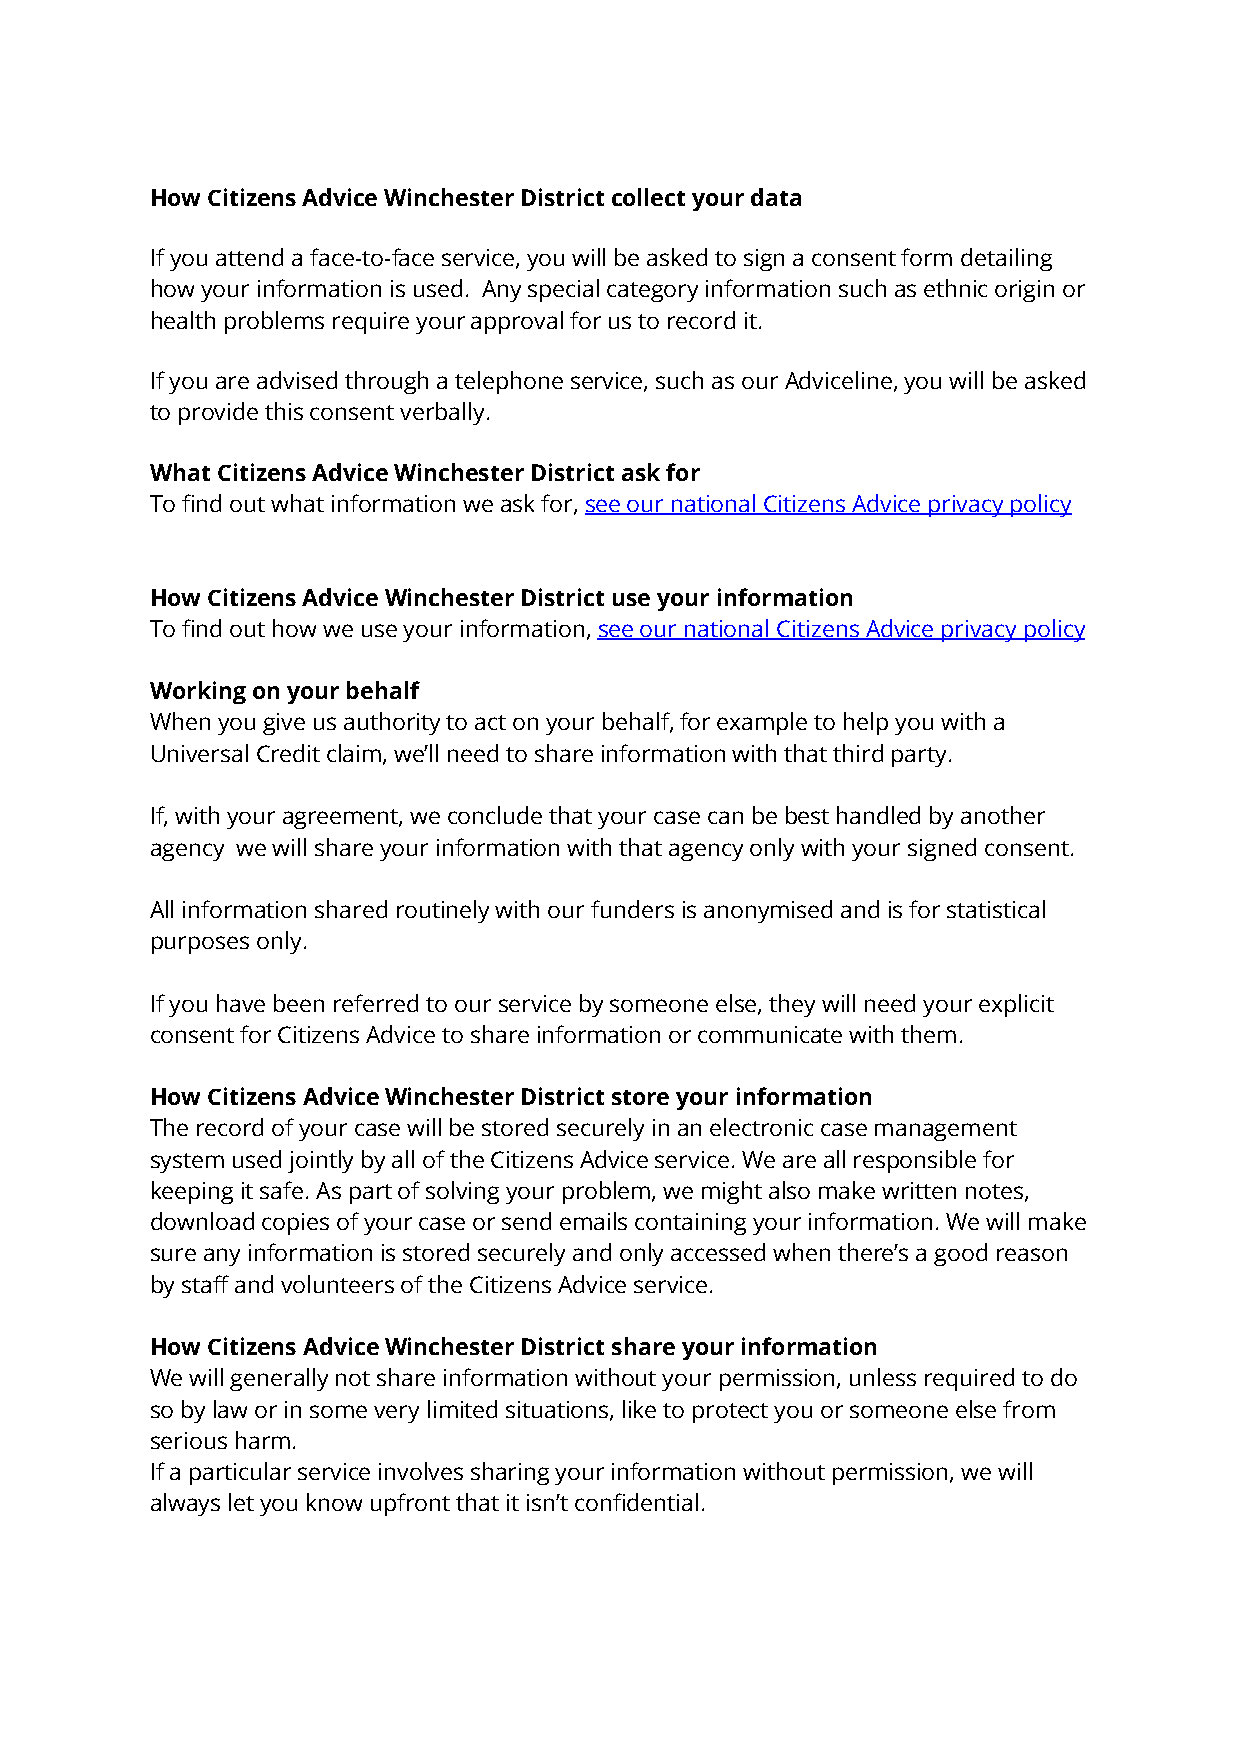
How Citizens Advice Winchester District collect your data
 If you attend a face-to-face service, you will be asked to sign a consent form detailing
 how your information is used. Any special category information such as ethnic origin or
 health problems require your approval for us to record it.
 If you are advised through a telephone service, such as our Adviceline, you will be asked
 to provide this consent verbally.
 What Citizens Advice Winchester District ask for
 To find out what information we ask for, see our national Citizens Advice privacy policy
 How Citizens Advice Winchester District use your information
 To find out how we use your information, see our national Citizens Advice privacy policy
 Working on your behalf
 When you give us authority to act on your behalf, for example to help you with a
 Universal Credit claim, we’ll need to share information with that third party.
 If, with your agreement, we conclude that your case can be best handled by another
 agency we will share your information with that agency only with your signed consent.
 All information shared routinely with our funders is anonymised and is for statistical
 purposes only.
 If you have been referred to our service by someone else, they will need your explicit
 consent for Citizens Advice to share information or communicate with them.
 How Citizens Advice Winchester District store your information
 The record of your case will be stored securely in an electronic case management
 system used jointly by all of the Citizens Advice service. We are all responsible for
 keeping it safe. As part of solving your problem, we might also make written notes,
 download copies of your case or send emails containing your information. We will make
 sure any information is stored securely and only accessed when there’s a good reason
 by staff and volunteers of the Citizens Advice service.
 How Citizens Advice Winchester District share your information
 We will generally not share information without your permission, unless required to do
 so by law or in some very limited situations, like to protect you or someone else from
 serious harm.
 If a particular service involves sharing your information without permission, we will
 always let you know upfront that it isn’t confidential.